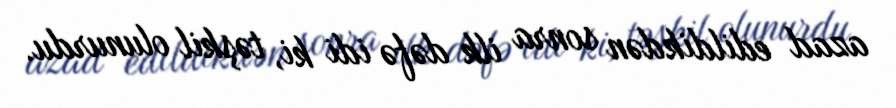
azad edildikdən sonra ilk dəfə idi ki, təşkil olunurdu.